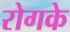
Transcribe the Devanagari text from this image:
रोगके